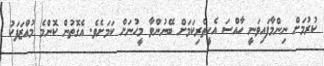
ކުރުމަށް ނިންމާފައިވަނީ ހާއްސަ އެހީތެރިކަމަށް ބޭނުންވާ މީހުނަށް ކަމަށެވެ. އެގޮތުން ކޮންމެ މުއްޒަފަކު